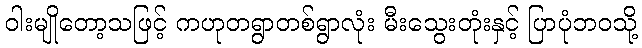
ဝါးမျိုတော့သဖြင့် ကဟုတရွာတစ်ရွာလုံး မီးသွေးတုံးနှင့် ပြာပုံဘဝသို့